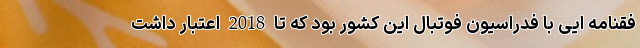
فقنامه ایی با فدراسیون فوتبال این کشور بود که تا 2018 اعتبار داشت